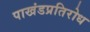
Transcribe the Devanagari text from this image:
पाखंडप्रतिरोध